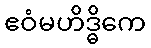
ဧဝံမဟိဒ္ဓိကေ